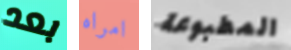
بعد امراه المطبوعة